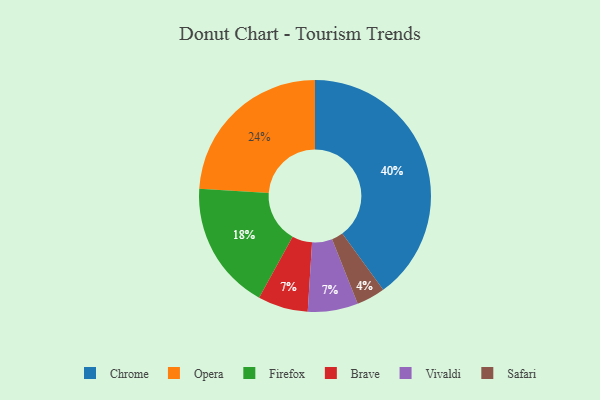
{"axis": {"x": "Category", "y": "Percentage"}, "legend": ["Brave", "Chrome", "Firefox", "Opera", "Safari", "Vivaldi"], "data": [{"x": "Opera", "y": 24, "type": "Opera"}, {"x": "Chrome", "y": 40, "type": "Chrome"}, {"x": "Brave", "y": 7, "type": "Brave"}, {"x": "Safari", "y": 4, "type": "Safari"}, {"x": "Vivaldi", "y": 7, "type": "Vivaldi"}, {"x": "Firefox", "y": 18, "type": "Firefox"}]}